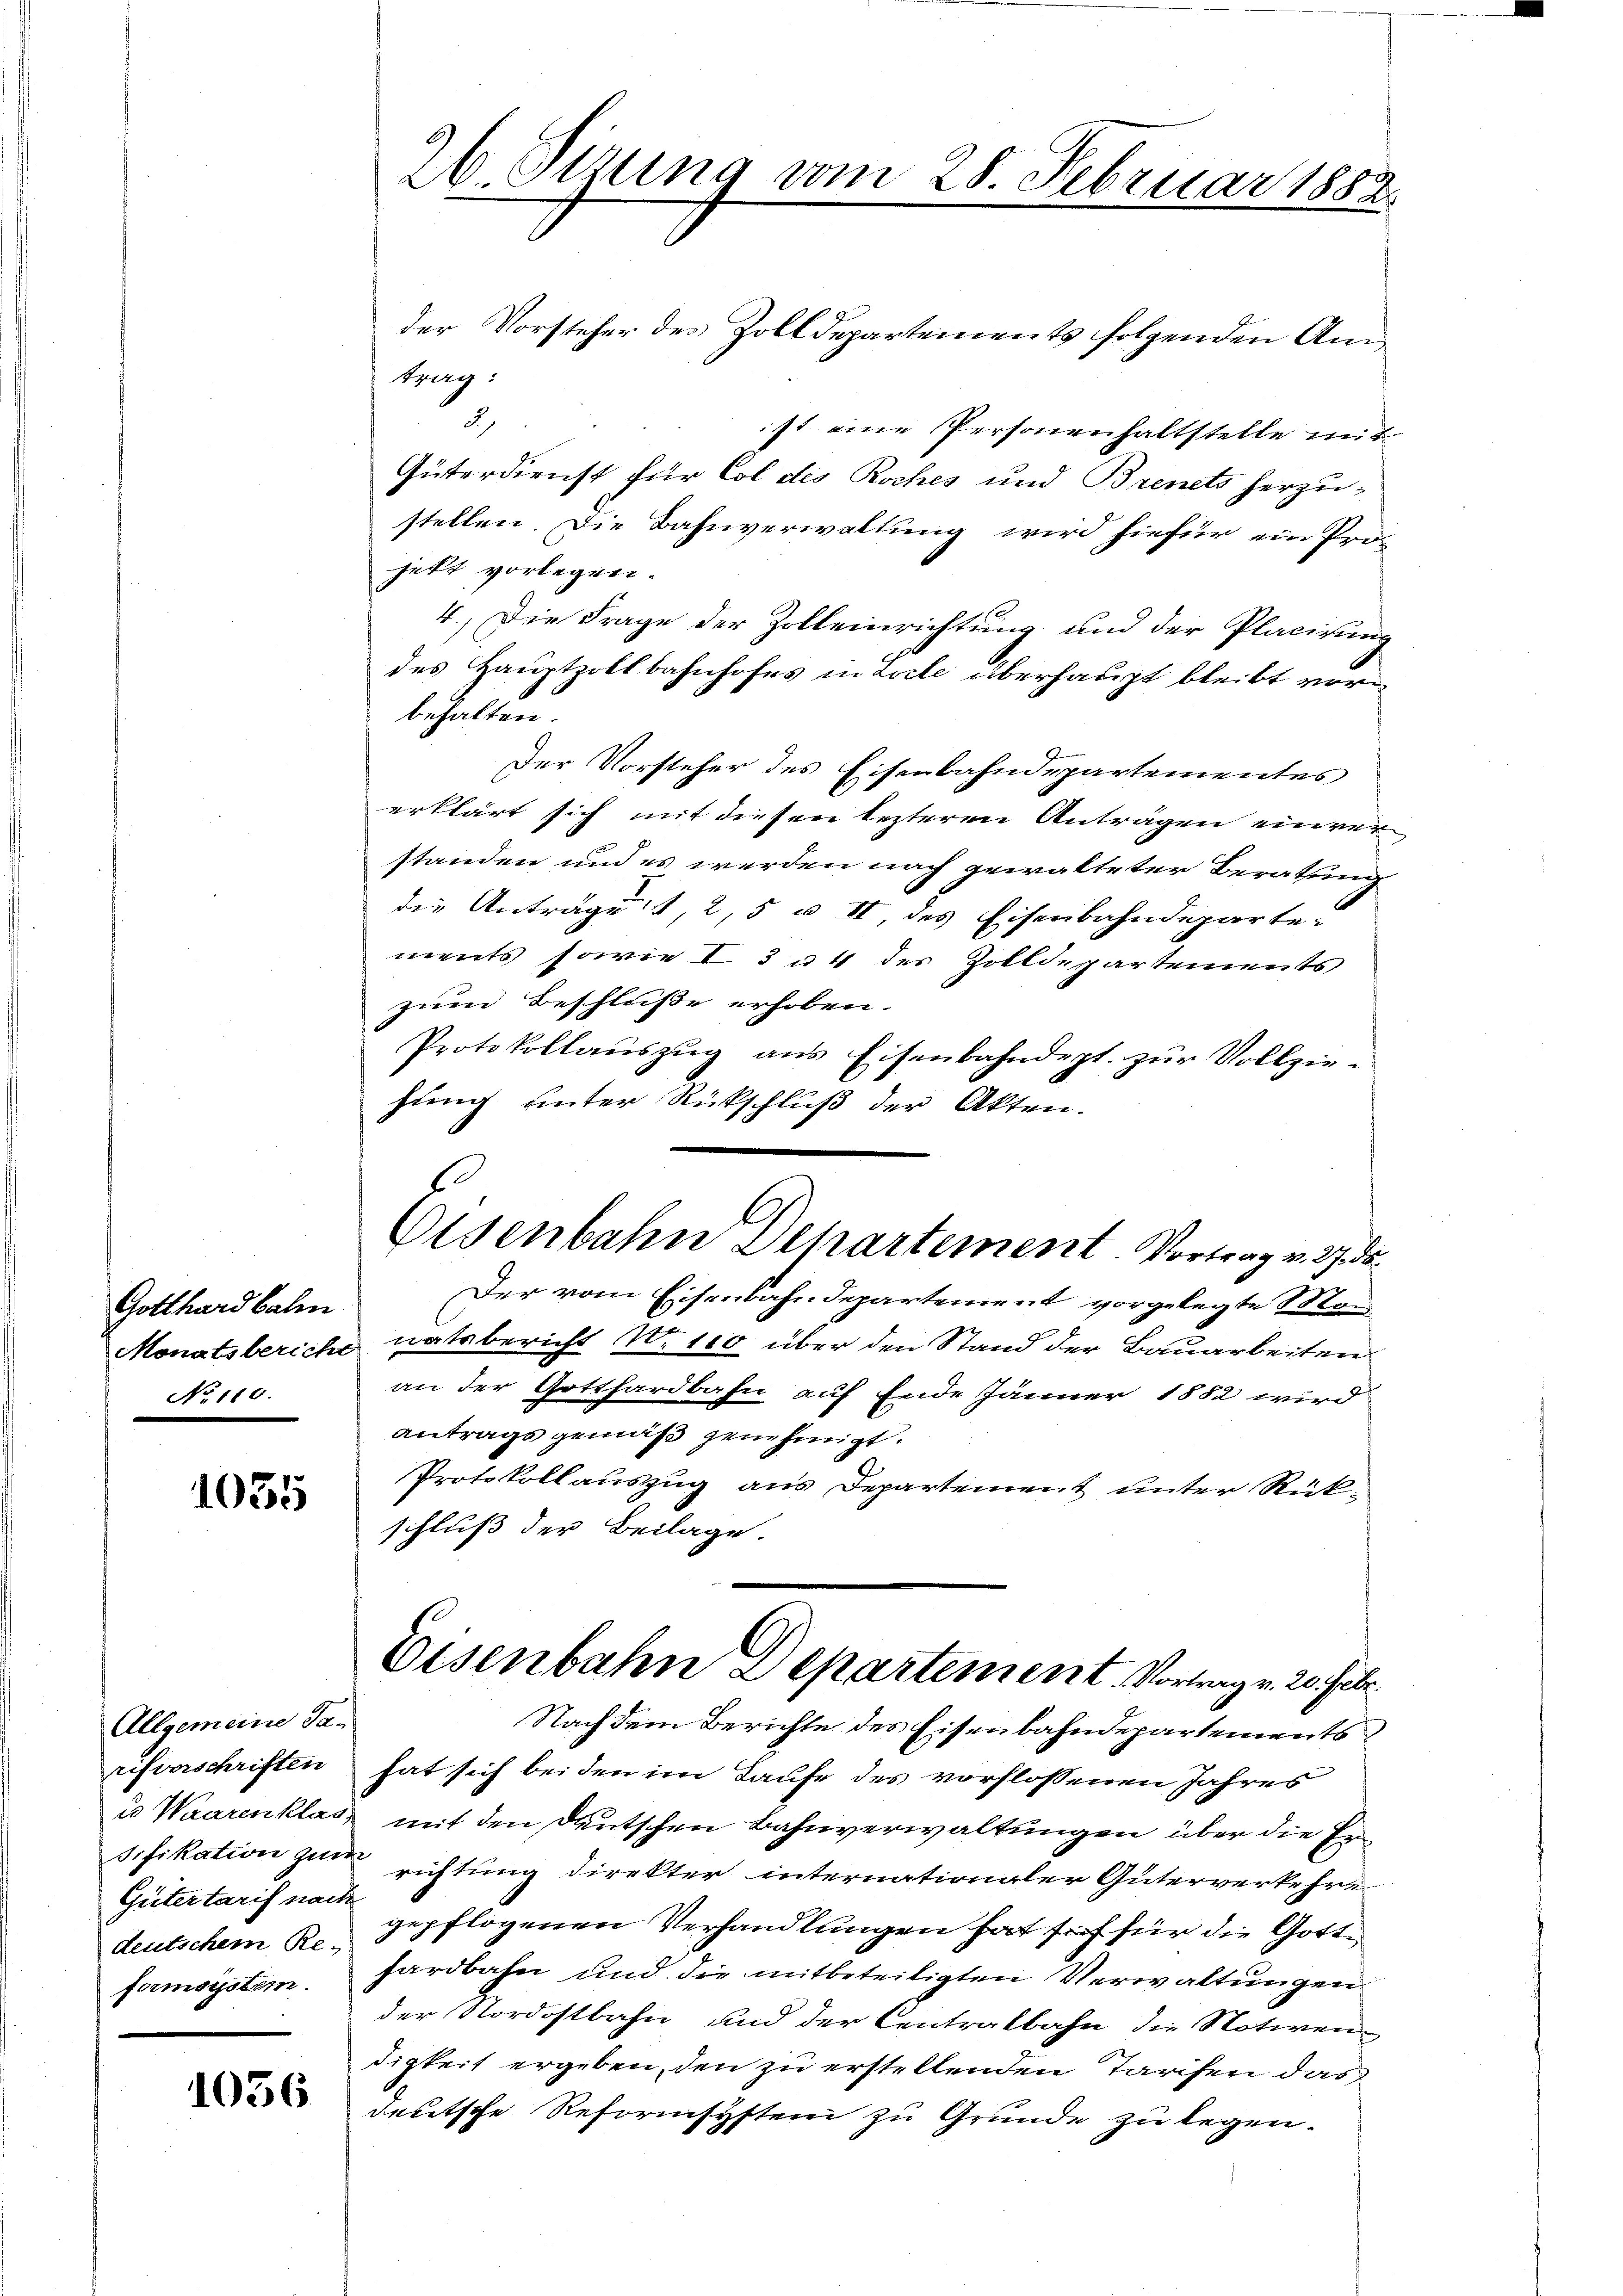
Gotthard balm
Monatsbericht
No 110.

1035

Allgemeine Ta-
rifterschriften
u Waarenklas,
sifikation zur
Gütertarif nach
deutschem Re-
formsystem.

1036

26 Stzung vom 28. Februar 1882.

der Vorsteher des Zolldepartements folgenden Amtrag:
2)
ist eine Personenhaltstelle mit
Güterdienst für Col dis Roches und Brenets herzu-
stellen. Die Bahnverwaltung wird hiefür ein Pro-
jett vorlegen.
4.) Die Frage der Zolleinrichtung und der Placirung
des Hauptzollbahnhofes in Loche überhaupt bleibt vorbehalten.
Der Vorsteher des Eisenbahndepartementes
erklärt sich mit diesen lezteren Antragen einver
standen und es werden nach gewalteter Beratung
die Anträget, 2, 5 u. II, des Eisenbahndeparte:
ments sowie I 3 u. 4 des Zolldepartements
zum Beschluße erhoben.
Protokollaŭszŭg ans Eisenbahndept. zŭr Vollzie-
hung unter Rückschluß der Akten.
Der vom Eisenbahndepartement vorgelegte Mon
natsbericht No 100 über den Stand der Bauarbeiten.
an der Gotthardbahn auf Ende Jänner 1882 wird
antrags gemäß genehmigt.
Protokollauszug aus Departement unter Rückschluß der Beilage.
Eisenbahn Departement. Vortrag v. 20. Febr.
Nach dem Berichte des Eisenbahndepartements
hat sich bei den im Laufe des vorflossenen Jahres
mit den Deutschen Bahnverwaltungen über die Errichtung direkter internationaler Güterverkehre
gepflogenen Verhandlungen hat sich für die Gotthardbahn und die mitbeteiligten Verwaltungen
der Nordostbahn und der Centralbahn die Notiven
digkeit ergeben, den zu erstellenden Tarifen das
deutsche Reformsysten zu Grunde zu legen.

Elsenbahn Departement. Vortrag v. 27. ds.